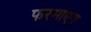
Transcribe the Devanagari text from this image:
फरमाएग